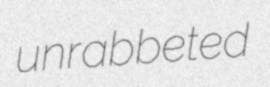
unrabbeted